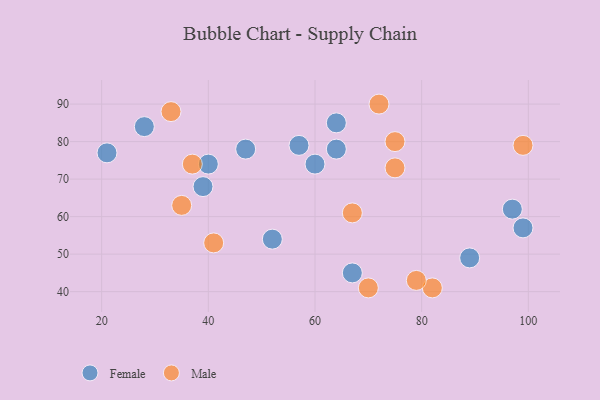
{"axis": {"x": "GDP", "y": "Life Expectancy"}, "legend": ["Female", "Male"], "data": [{"x": "89", "y": 49, "type": "Female"}, {"x": "52", "y": 54, "type": "Female"}, {"x": "39", "y": 68, "type": "Female"}, {"x": "99", "y": 57, "type": "Female"}, {"x": "67", "y": 45, "type": "Female"}, {"x": "64", "y": 85, "type": "Female"}, {"x": "57", "y": 79, "type": "Female"}, {"x": "64", "y": 78, "type": "Female"}, {"x": "60", "y": 74, "type": "Female"}, {"x": "28", "y": 84, "type": "Female"}, {"x": "21", "y": 77, "type": "Female"}, {"x": "47", "y": 78, "type": "Female"}, {"x": "40", "y": 74, "type": "Female"}, {"x": "97", "y": 62, "type": "Female"}, {"x": "37", "y": 74, "type": "Male"}, {"x": "33", "y": 88, "type": "Male"}, {"x": "70", "y": 41, "type": "Male"}, {"x": "99", "y": 79, "type": "Male"}, {"x": "82", "y": 41, "type": "Male"}, {"x": "75", "y": 73, "type": "Male"}, {"x": "35", "y": 63, "type": "Male"}, {"x": "67", "y": 61, "type": "Male"}, {"x": "79", "y": 43, "type": "Male"}, {"x": "75", "y": 80, "type": "Male"}, {"x": "72", "y": 90, "type": "Male"}, {"x": "41", "y": 53, "type": "Male"}]}